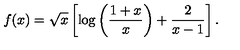
f ( x ) = \sqrt { x } \left[ \log \left( \frac { 1 + x } { x } \right) + { \frac { 2 } { x - 1 } } \right] .